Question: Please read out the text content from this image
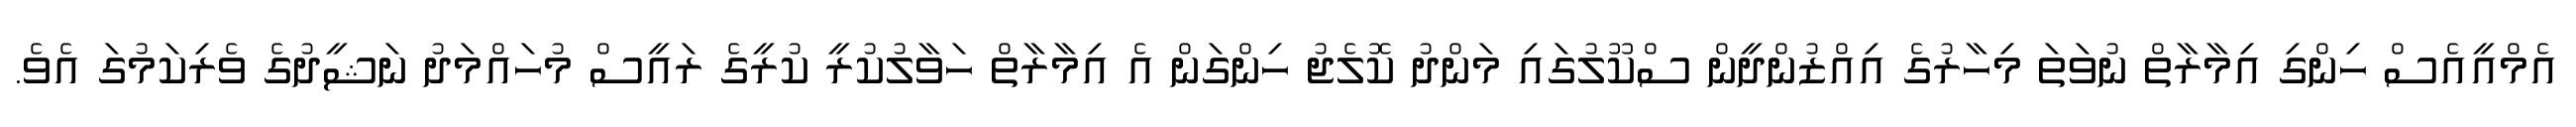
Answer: އެމްއީއެސް ހިންގި އިމާރާތް ނުވަތަ މިހާރުގެ އިއްޒުންދީން ސްކޫލުގައި މަންދު ކޮލެޖު ހިންގަން އެ އިމާރާތް ހަވާލުކުރީ ކުރީގެ ރައީސް މުހައްމަދު ނަޝީދުގެ ވެރިކަމުގަ އެވެ.